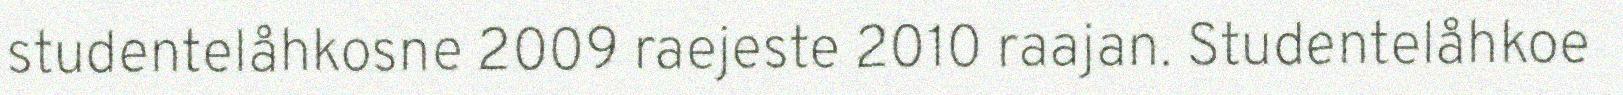
studentelåhkosne 2009 raejeste 2010 raajan. Studentelåhkoe